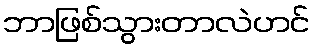
ဘာဖြစ်သွားတာလဲဟင်